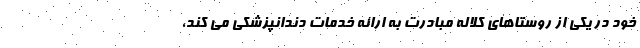
خود در یکی از روستاهای کلاله مبادرت به ارائه خدمات دندانپزشکی می کند،